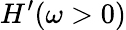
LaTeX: H^{\prime}(\omega>0)